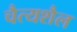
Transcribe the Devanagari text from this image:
चैत्यशैल